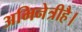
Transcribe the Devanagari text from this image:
अभिनेत्रीहै।